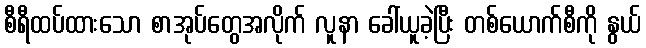
စီရီထပ်ထားသော စာအုပ်တွေအလိုက် လူနာ ခေါ်ယူခဲ့ပြီး တစ်ယောက်စီကို နွယ်